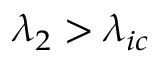
\lambda _ { 2 } > \lambda _ { i c }